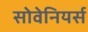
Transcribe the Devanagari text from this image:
सोवेनियर्स